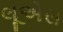
લૂએસ